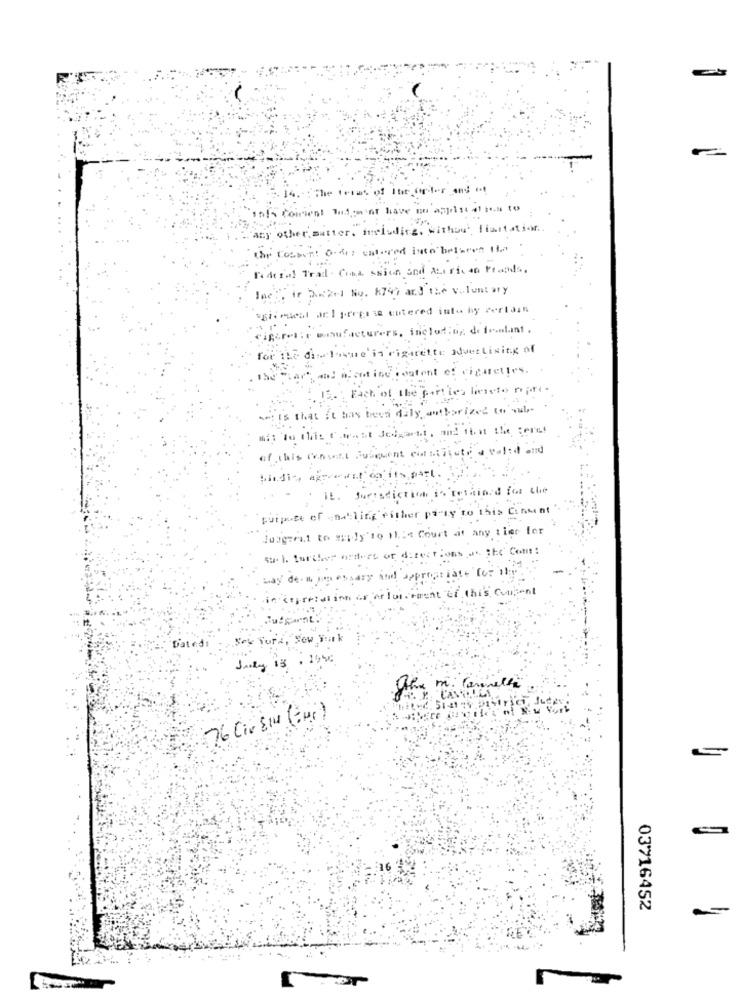
The terms of The order and ot
this comment Tudin or have an appist of ia to
any other, mutter, freluding, withou', limitation.
Chr Coubert O.di: calored into between the
Redesul Trad . Cona ssion and Azericon Fronds.
Inc ., ir De2ed No. 874) and the voluntary
agtemdeal acl preesse entered into hy certain
cigarel : e manufacturers, including, defendant .
for the dislomme'in cigarette advertising of
( and dont ind content of cigarettes. .
Fach of the parties liento ropte.
... is that it has been dily authorized to sub-
mit to this t want deimacht, and that the teret
of this Consett Fuiquent cottilisty a valid and
purpose of -hatling either party to this Content
luigzeit to spidy'to this Court at any time for
st. 1. further orders or directions a. She Com :
ossary and appropriate To
inn or Arloi. tment of this current
Dated:
New York, New York
Junky 13
the m. Cannelle
03716452